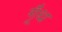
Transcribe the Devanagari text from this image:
गूॅंथ